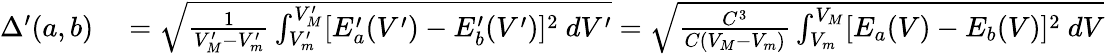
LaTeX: \begin{array}{rl}{\Delta^{\prime}(a,b)}&{{}=\sqrt{\frac{1}{V_{M}^{\prime}-V_{m}^{\prime}}\int_{V_{m}^{\prime}}^{V_{M}^{\prime}}[E_{a}^{\prime}(V^{\prime})-E_{b}^{\prime}(V^{\prime})]^{2}~dV^{\prime}}=\sqrt{\frac{C^{3}}{C(V_{M}-V_{m})}\int_{V_{m}}^{V_{M}}[E_{a}(V)-E_{b}(V)]^{2}~dV}}\end{array}